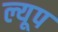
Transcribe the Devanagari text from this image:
ल्यूप